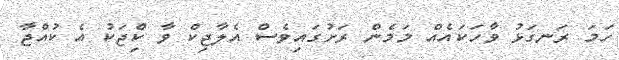
ހަމަ ރަނގަޅު ވާހަކައެއް މަމެން ރަށުުގައިވެސް އެލާޖިކް ވާ ކިެްޖަކު އެ ކުއްޖާ